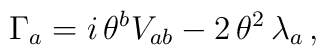
\Gamma_a = i \, \theta^b V_{ab} - 2 \, \theta^2 \, \lambda_a \, ,